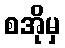
စအိုမှ